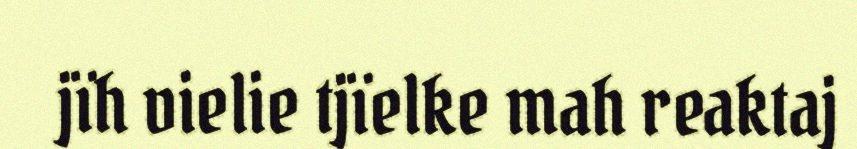
jïh vielie tjïelke mah reaktaj